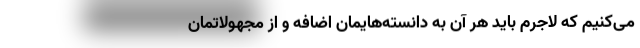
می‌کنیم که لاجرم باید هر آن به دانسته‌هایمان اضافه و از مجهولاتمان